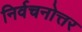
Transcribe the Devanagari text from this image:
निर्वचनोत्तर